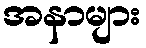
အနာများ